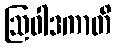
ဩဝါဒကာတိ